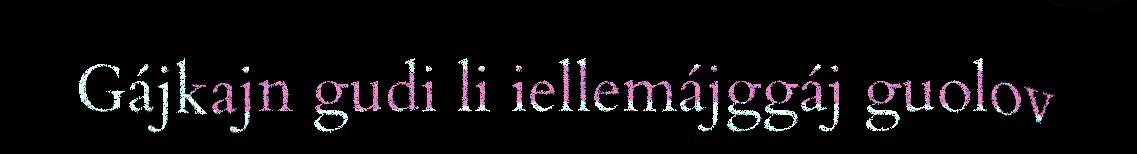
Gájkajn gudi li iellemájggáj guolov